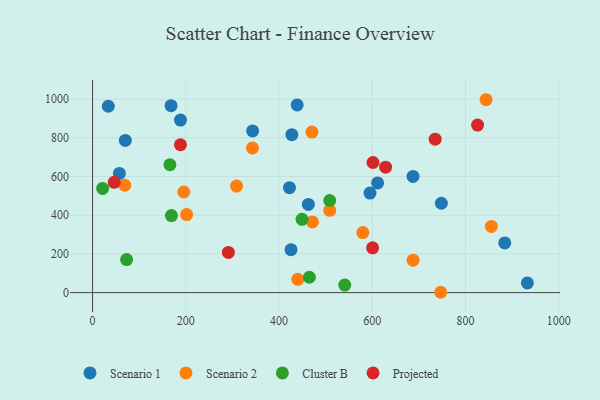
{"axis": {"x": "Experience", "y": "Fuel Efficiency"}, "legend": ["Cluster B", "Projected", "Scenario 1", "Scenario 2"], "data": [{"x": "595.1", "y": 514.5, "type": "Scenario 1"}, {"x": "422.4", "y": 542.5, "type": "Scenario 1"}, {"x": "33.8", "y": 963.3, "type": "Scenario 1"}, {"x": "748.2", "y": 461.8, "type": "Scenario 1"}, {"x": "932.7", "y": 50.3, "type": "Scenario 1"}, {"x": "687.4", "y": 600.5, "type": "Scenario 1"}, {"x": "884.2", "y": 256.9, "type": "Scenario 1"}, {"x": "57.5", "y": 616.2, "type": "Scenario 1"}, {"x": "611.4", "y": 566.7, "type": "Scenario 1"}, {"x": "343.3", "y": 835.8, "type": "Scenario 1"}, {"x": "462.9", "y": 455.7, "type": "Scenario 1"}, {"x": "168.4", "y": 966.4, "type": "Scenario 1"}, {"x": "438.9", "y": 970.0, "type": "Scenario 1"}, {"x": "425.7", "y": 222.1, "type": "Scenario 1"}, {"x": "427.5", "y": 816.2, "type": "Scenario 1"}, {"x": "70.3", "y": 786.8, "type": "Scenario 1"}, {"x": "188.6", "y": 891.8, "type": "Scenario 1"}, {"x": "844.1", "y": 996.9, "type": "Scenario 2"}, {"x": "69.1", "y": 554.8, "type": "Scenario 2"}, {"x": "579.8", "y": 310.5, "type": "Scenario 2"}, {"x": "195.7", "y": 520.0, "type": "Scenario 2"}, {"x": "471.6", "y": 365.3, "type": "Scenario 2"}, {"x": "470.6", "y": 829.6, "type": "Scenario 2"}, {"x": "343.0", "y": 747.6, "type": "Scenario 2"}, {"x": "201.7", "y": 403.6, "type": "Scenario 2"}, {"x": "855.5", "y": 342.0, "type": "Scenario 2"}, {"x": "308.9", "y": 550.4, "type": "Scenario 2"}, {"x": "746.7", "y": 1.8, "type": "Scenario 2"}, {"x": "687.6", "y": 167.9, "type": "Scenario 2"}, {"x": "440.2", "y": 68.8, "type": "Scenario 2"}, {"x": "508.7", "y": 425.5, "type": "Scenario 2"}, {"x": "449.3", "y": 378.9, "type": "Cluster B"}, {"x": "73.0", "y": 170.6, "type": "Cluster B"}, {"x": "169.2", "y": 398.1, "type": "Cluster B"}, {"x": "465.1", "y": 79.4, "type": "Cluster B"}, {"x": "541.0", "y": 38.9, "type": "Cluster B"}, {"x": "508.7", "y": 476.1, "type": "Cluster B"}, {"x": "21.6", "y": 538.7, "type": "Cluster B"}, {"x": "166.0", "y": 660.9, "type": "Cluster B"}, {"x": "188.5", "y": 764.2, "type": "Projected"}, {"x": "734.9", "y": 792.8, "type": "Projected"}, {"x": "628.6", "y": 648.1, "type": "Projected"}, {"x": "46.5", "y": 570.1, "type": "Projected"}, {"x": "601.5", "y": 672.5, "type": "Projected"}, {"x": "600.7", "y": 231.7, "type": "Projected"}, {"x": "825.9", "y": 865.8, "type": "Projected"}, {"x": "291.3", "y": 207.8, "type": "Projected"}]}